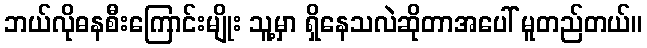
ဘယ်လိုဓနစီးကြောင်းမျိုး သူ့မှာ ရှိနေသလဲဆိုတာအပေါ် မူတည်တယ်။